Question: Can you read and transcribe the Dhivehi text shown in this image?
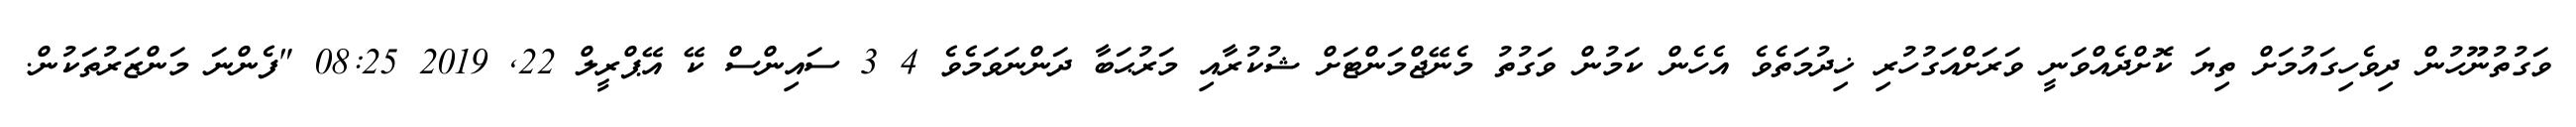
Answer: ވަގުތުނޫހުން ދިވެހިގައުމަށް ތިޔަ ކޮށްދެއްވަނީ ވަރަށްއަގުހުރި ޚިދުމަތެވެ އެހެން ކަމުން ވަގުތު މެނޭޖްމަންޓަށް ޝުކުރާއި މަރުޙަބާ ދަންނަވަމެވެ 4 3 ސައިންސް ކޭ އޭޕްރީލް 22, 2019 08:25 "ފެންނަ މަންޒަރުތަކުން.